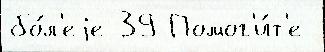
бо́л'еjе 39 Помог'и́т'е